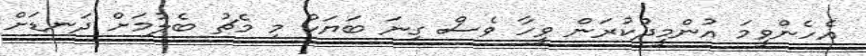
އެހެންވީމަ އުންމީދުކުރަން ވީހާ ވެސް ގިނަ ބަޔަކު މި މެޗު ބެލުމަށް ދަނޑަށް